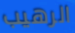
الرهيب